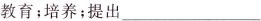
教育；培养；提出___